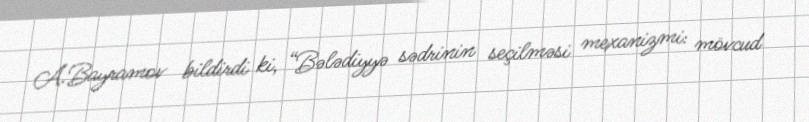
A.Bayramov bildirdi ki, “Bələdiyyə sədrinin seçilməsi mexanizmi: mövcud